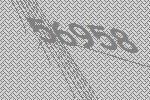
56958